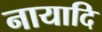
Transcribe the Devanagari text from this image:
नायादि